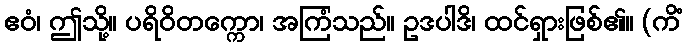
ဧဝံ၊ ဤသို့။ ပရိဝိတက္ကော၊ အကြံသည်။ ဥဒပါဒိ၊ ထင်ရှားဖြစ်၏။ (ကိံ